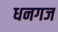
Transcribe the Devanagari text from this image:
धनगज